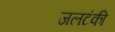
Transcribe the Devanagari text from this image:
जलटंकी